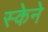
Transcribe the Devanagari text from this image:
स्केने